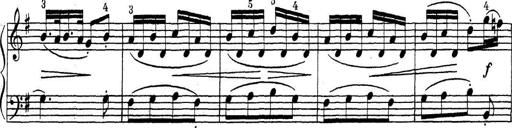
Title: ÄŒeskÃ© Sonatiny
Composer: Various